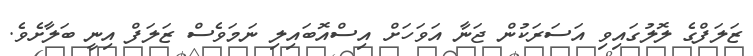
ޒަލަފްގެ ލޮލުގައިވި އަސަރަކުން ޖަނާ އަވަހަށް އިސްއޮބައިލި ނަމަވެސް ޒަލަފް އިނީ ބަލާށެވެ.